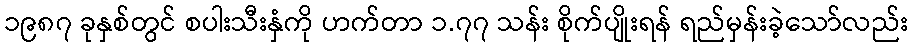
၁၉၈၇ ခုနှစ်တွင် စပါးသီးနှံကို ဟက်တာ ၁.၇၇ သန်း စိုက်ပျိုးရန် ရည်မှန်းခဲ့သော်လည်း